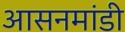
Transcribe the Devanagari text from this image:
आसनमांडी